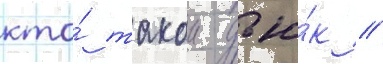
кто́ такои дью́к //